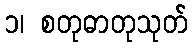
၁၊ စတုဓာတုသုတ်